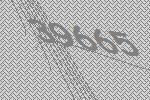
39665